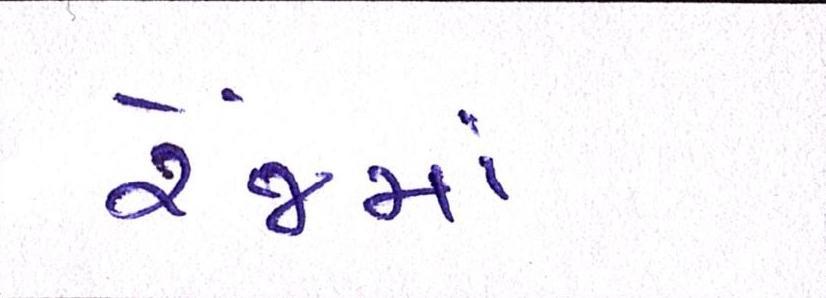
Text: રેંજમાં